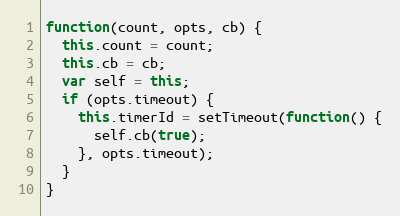
Language: JavaScript
function(count, opts, cb) {
  this.count = count;
  this.cb = cb;
  var self = this;
  if (opts.timeout) {
    this.timerId = setTimeout(function() {
      self.cb(true);
    }, opts.timeout);
  }
}